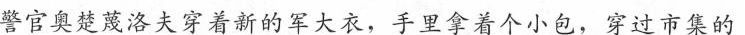
警官奥楚蔑洛夫穿着新的军大衣，手里拿着个小包，穿过市集的